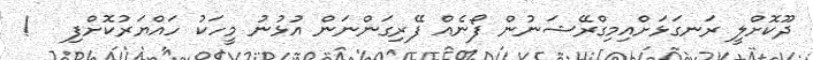
ދޫކޮށްލީ ރަނގަޅަށްއިމިގްރޭޝަނުން ފޯނެއް ފޭރިގަންނަން އުޅުނު މީހަކު ހައްޔަރުކޮށްފި   !